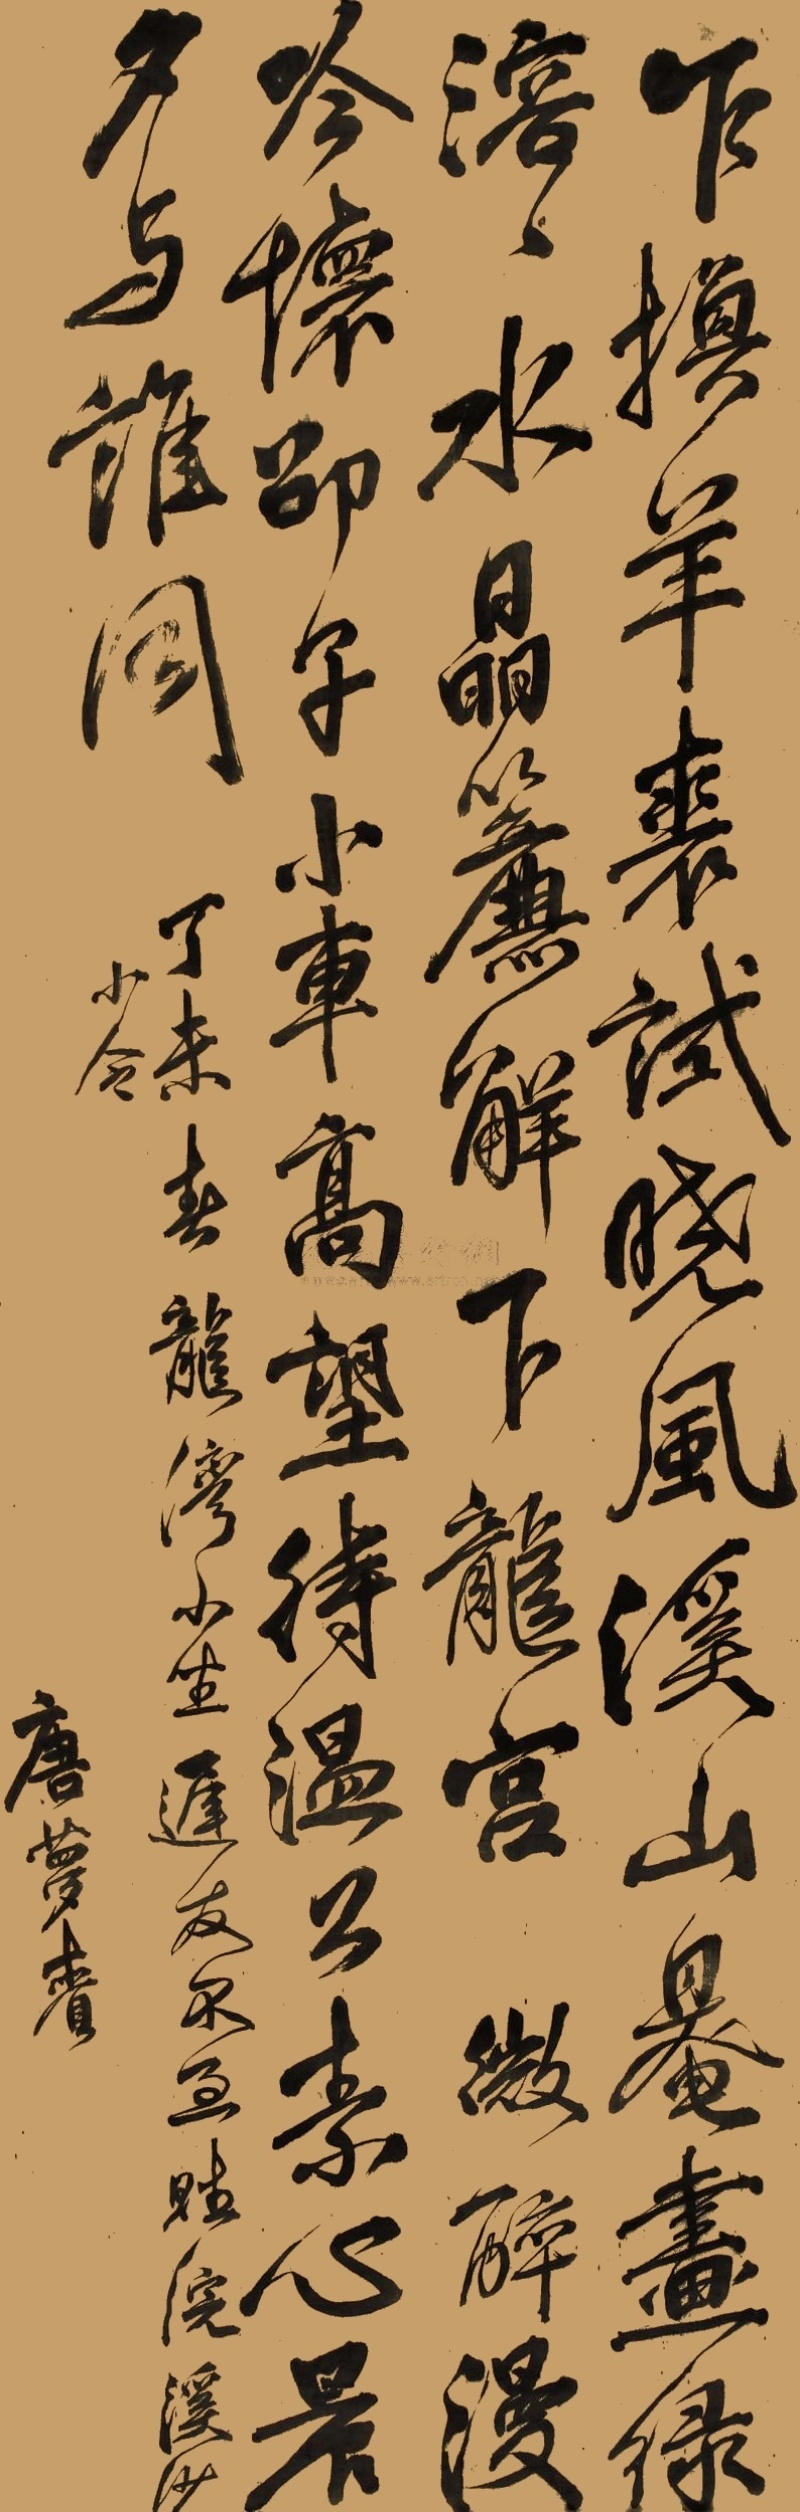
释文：乍换羊裘试晓风，溪山奄画绿溶溶。水晶帘解下龙宫。微醉漫吟怀邵子。小车高望待温公，素心晨夕与谁同。丁未春龙湾小坐迟友。赋浣溪小令。